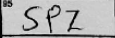
Transcription: SPZ